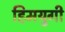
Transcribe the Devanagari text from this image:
हिमयुगी